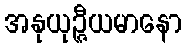
အနုယုဉ္ဇီယမာနော